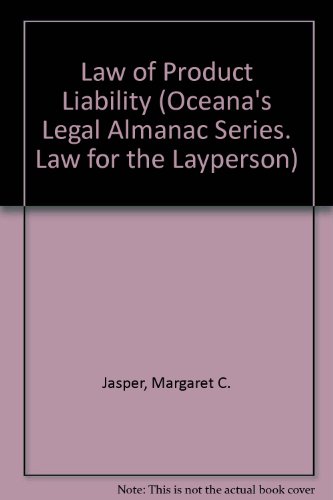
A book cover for Law of Product Liability (Oceana's Legal Almanac Series. Law for the Layperson); Margaret C. Jasper; Engineering & Transportation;